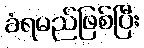
ခံရမည်ဖြစ်ပြီး